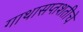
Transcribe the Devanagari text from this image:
गाथासप्तशतीचे